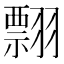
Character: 翲